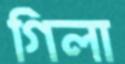
গিলা